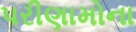
પરીણામોના